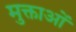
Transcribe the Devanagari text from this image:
मुक्ताओं